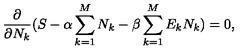
\frac { \partial } { \partial N _ { k } } ( S - \alpha \sum _ { k = 1 } ^ { M } N _ { k } - \beta \sum _ { k = 1 } ^ { M } E _ { k } N _ { k } ) = 0 ,